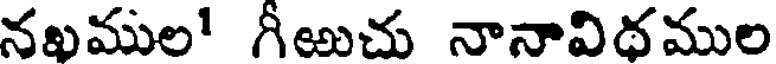
నఖముల' గీఱుచు నానావిథముల